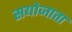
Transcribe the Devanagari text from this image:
सद्योजाता